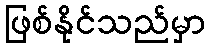
ဖြစ်နိုင်သည်မှာ